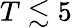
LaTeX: T\lesssim 5